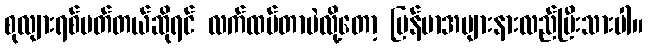
စုလျားရစ်ပတ်တယ်ဆိုရင် လက်ထပ်တာပဲလို့တော့ မြန်မာအများနားလည်ပြီးသားပါ။